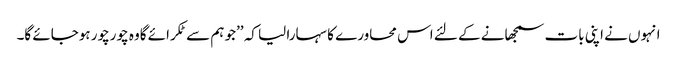
انہوں نے اپنی بات سمجھانے کے لئے اس محاورے کا سہارا لیا کہ ’’جو ہم سے ٹکرائے گاوہ چورچور ہوجائے گا۔